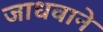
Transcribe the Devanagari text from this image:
जाधवाने